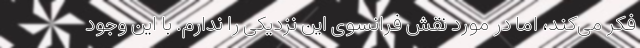
فکر می‌کند، اما در مورد نقش فرانسوی این نزدیکی را ندارم. با این وجود